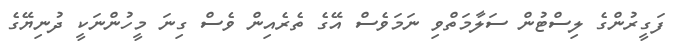
ފަގީރުންގެ ލިސްޓުން ސަލާމަތްވި ނަމަވެސް އޭގެ ތެރެއިން ވެސް ގިނަ މީހުންނަކީ ދުނިޔޭގެ